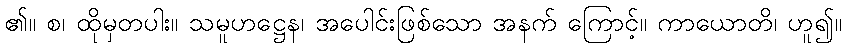
၏။ စ၊ ထိုမှတပါး။ သမူဟဋ္ဌေန၊ အပေါင်းဖြစ်သော အနက် ကြောင့်။ ကာယောတိ၊ ဟူ၍။